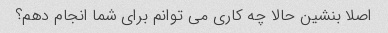
اصلا بنشین حالا چه کاری می توانم برای شما انجام دهم؟